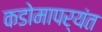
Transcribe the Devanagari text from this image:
कडोमापर्यंत